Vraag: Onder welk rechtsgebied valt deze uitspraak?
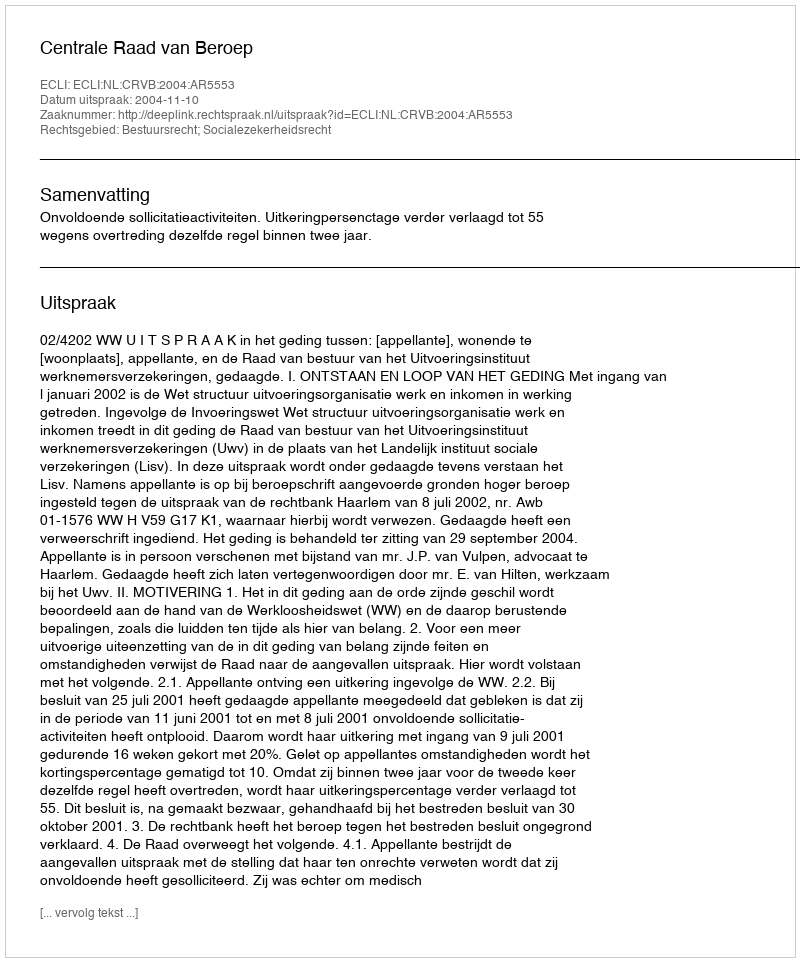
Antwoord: Bestuursrecht; Socialezekerheidsrecht